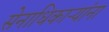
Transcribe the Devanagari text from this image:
सेनाधिकाऱ्यांना